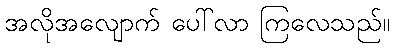
အလိုအလျောက် ပေါ်လာ ကြလေသည်။